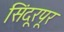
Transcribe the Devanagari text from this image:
सिंदूरपूर